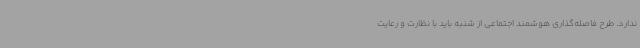
ندارد. طرح فاصله‌گذاری هوشمند اجتماعی از شنبه باید با نظارت و رعایت